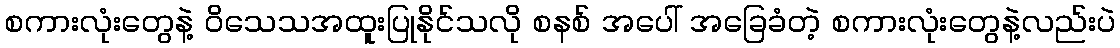
စကားလုံးတွေနဲ့ ဝိသေသအထူးပြုနိုင်သလို စနစ် အပေါ် အခြေခံတဲ့ စကားလုံးတွေနဲ့လည်းပဲ